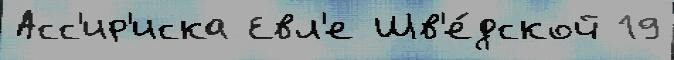
Асс'ир'иска Евл'е Шв'е́дской 19